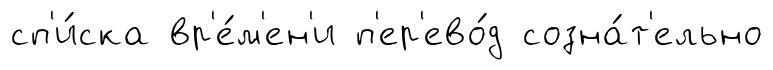
сп'и́ска вр'е́м'ен'и п'ер'ево́д созна́т'ельно